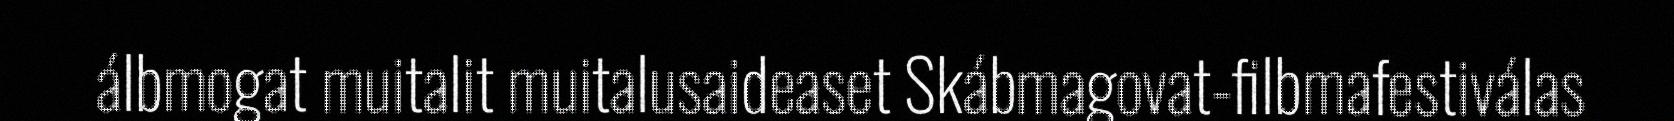
álbmogat muitalit muitalusaideaset Skábmagovat-filbmafestiválas